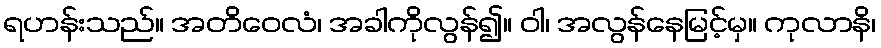
ရဟန်းသည်။ အတိဝေလံ၊ အခါကိုလွန်၍။ ဝါ၊ အလွန်နေမြင့်မှ။ ကုလာနိ၊